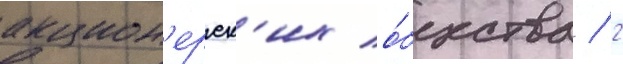
акцион'ерск'их о́бщества / 2